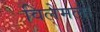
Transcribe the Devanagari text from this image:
विलेमला